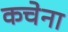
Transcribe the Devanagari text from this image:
कचेना